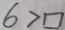
6 > \square